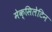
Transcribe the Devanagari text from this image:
मेक्सिलेटिन